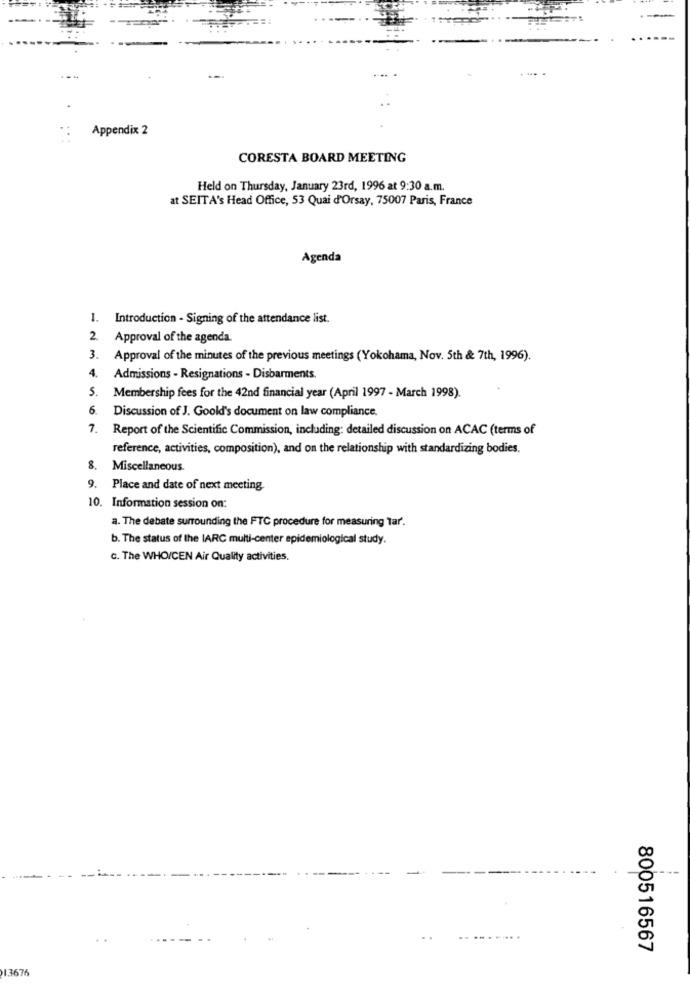
--
Appendix 2
CORESTA BOARD MEETING
Held on Thursday, January 23rd, 1996 at 9:30 a.m.
at SEITA's Head Office, 53 Quai d'orsay, 75007 Paris, France
Agenda
1. Introduction - Signing of the attendance list.
2. Approval of the agenda.
3.
Approval of the minutes of the previous meetings (Yokohama, Nov. 5th & 7th, 1996).
4.
Admissions - Resignations - Disbarments.
5. Membership fees for the 42nd financial year (April 1997 - March 1998).
6.
Discussion of J. Goold's document on law compliance.
7.
Report of the Scientific Commission, including: detailed discussion on ACAC (terms of
reference, activities, composition), and on the relationship with standardizing bodies.
8.
Miscellaneous
9.
Place and date of next meeting.
10. Information session on:
a. The debate surrounding the FTC procedure for measuring Tar.
b. The status of the IARC multi-center epidemiological study.
c. The WHO/CEN Air Quality activities.
800516567
1.3676